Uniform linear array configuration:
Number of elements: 8
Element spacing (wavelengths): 0.5
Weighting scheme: kaiser
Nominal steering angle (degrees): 30
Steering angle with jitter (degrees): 31.961
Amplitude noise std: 0.05
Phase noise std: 0.05

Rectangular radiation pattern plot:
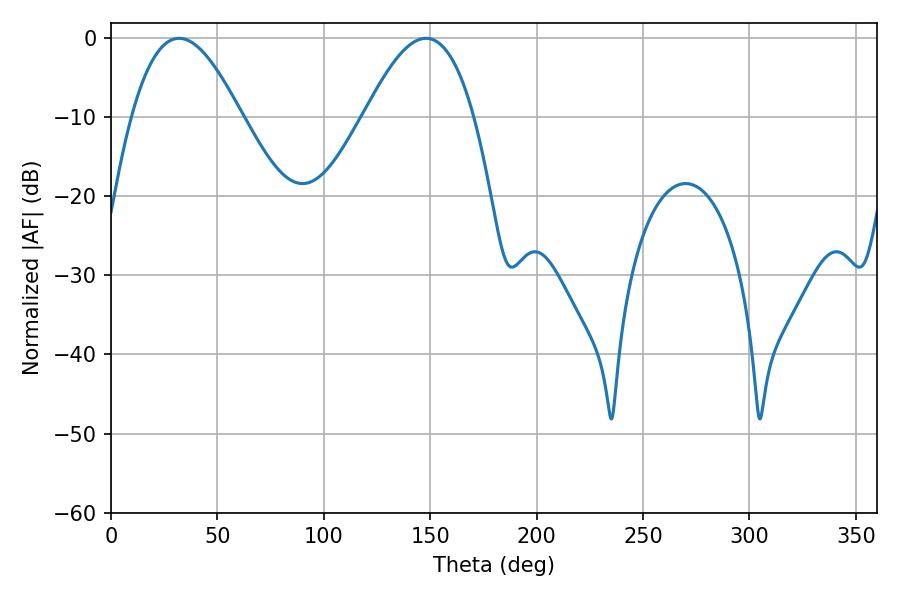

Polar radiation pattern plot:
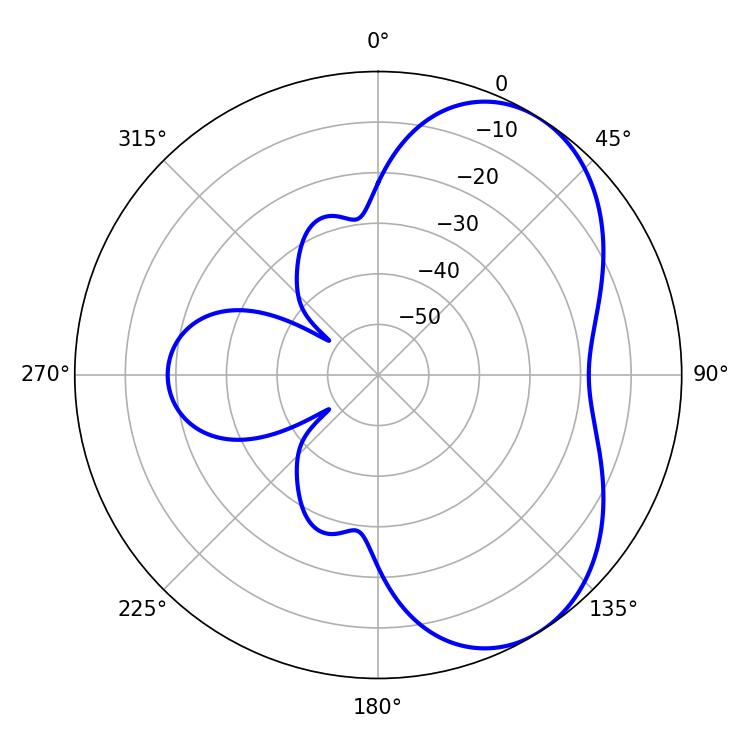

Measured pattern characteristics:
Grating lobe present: FALSE
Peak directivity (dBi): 5.305
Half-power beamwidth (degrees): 27.9
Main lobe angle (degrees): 32.04